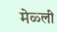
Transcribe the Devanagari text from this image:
मेळ्ली